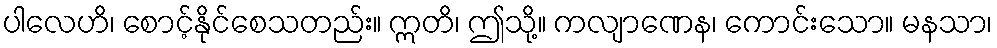
ပါလေဟိ၊ စောင့်နိုင်စေသတည်း။ ဣတိ၊ ဤသို့။ ကလျာဏေန၊ ကောင်းသော။ မနသာ၊